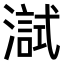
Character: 𤀏